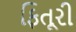
ફિતૂરી